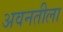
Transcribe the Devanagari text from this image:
अवनतीला